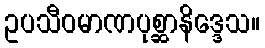
ဥပသီဝမာဏပုစ္ဆာနိဒ္ဒေသ။